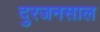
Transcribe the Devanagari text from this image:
दुरजनसाल